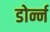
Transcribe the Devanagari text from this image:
डोर्न्न